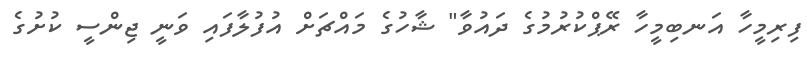
ފިރިމީހާ އަނބިމީހާ ރޭޕްކުރުމުގެ ދައުވާ" ޝާހުގެ މައްޗަށް އުފުލާފައި ވަނީ ޖިންސީ ކުށުގެ